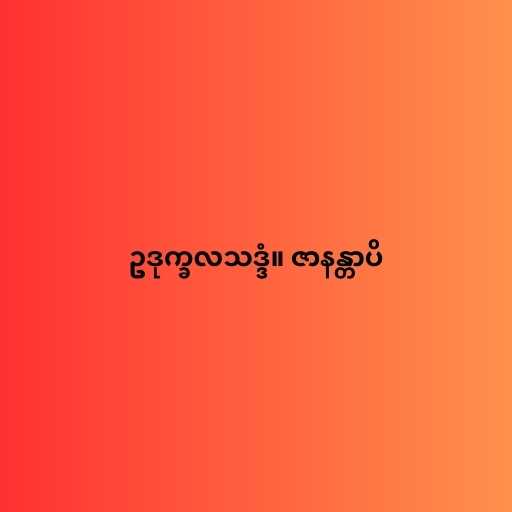
ဥဒုက္ခလသဒ္ဒံ။ ဇာနန္တာပိ